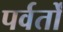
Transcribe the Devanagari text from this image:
पर्वर्तों